Statistical return of the lunatic asylum in Assam - 1912-1932
Year: 1912
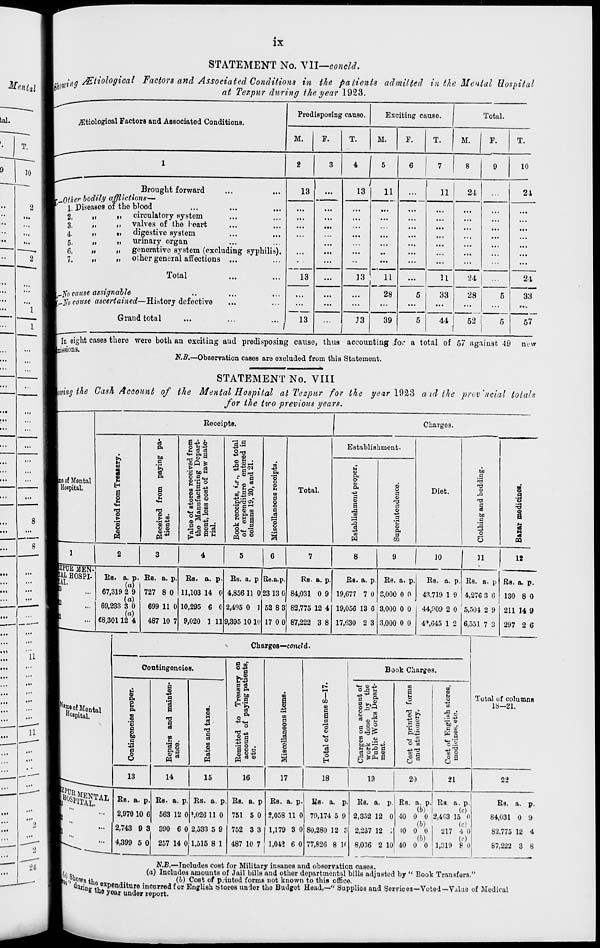
IX
STATEMENT No. Vll—concld.
Utiwinff /Etiologioal Factors and Associated Conditions in the patients admitted in the Mental Hospital
!
at Tezpur during the year .1923.
jEtiologioal Factors and Associated Conditions.
Predisposing cause.
Exciting cause.
M.
T.
M.
F.
T.
Total.
M.
T.
Brought forward
.Other bodily afflictions—
1, diseases of the blood
2.
3.
4.
5.
6.
7.
ti
»>
ti
it
*i
ii
II
II
II
circulatory system
valves of the leart
digestive system
urinary organ
generative sj r stem (excluding syphilis).
other general affections ...
Total
_]$o cause assignable
m]So cause ascertained—History defective
Grand total
13
...
...
...
...
...
13
...
...
...
...
...
/
13
,
13
11
...
...
...
...
...
..
...
13
11
28
J3
39
...
11
...
...
...
11
5
33
...
...
5
44 1
f
21
"24
28
62
10
21
24
33
57
eight cases there were both an exciting and predisposing cause, thus accounting for a total of 57 agaiuat 49 new
iiisions.
N.B.—Observation cases are excluded from this Statement.
STATEMENT No. VIII
mug the Cash Account of the Mental Hospital at Tezpitr for the year 19&3 aid the provincial totals
for the two previous years.
Receipts.
Charges.
mo of Mental
Hospital.
s
a
g
u
CD
a
P<
bo
c
'&
P.
o
1-1
t3
gg
B-P ID
gaif
|fife
81°
s-sg
fc! « u
+> pi m
00 g on
5 a «
8
a--
*£a-s
"3.5
.gtS
*^ CD
.Sid
•
PI
.go
-U.iH -
ftrQ OS
o m
§•1
03
O
C3
H
M
o
o
pq
o W
.5*
o
CD
M
to
pi
o
CD
a
o
m
Total.
Establishment.
u
m
P.
©
a.
o
O
•*a
a
9
03
T3
S
a
J4
o
a
2
■3
c]
03
-*»
P.
CD
PI
W
CO
Diet.
K
03
s
ex
a
-^>
o
6
03
I
1
8
|ZPUR MEN-
[Ui HOSPI-
FAL.
Bs.
67,319 2 9
(a)
69,233 3 0
(a)
€8,30112 4
a. p. Bs. a. p,
(a)
727 8 0
699 11 0
487 10 7
Bs. a. p.
11,103 14 0
10,295 6 0
9,020 1 11
Bs. a. p
4,85611 0
2,405 0 ]
9,395 10 10
Rs.a.p.
23 13 0
52 8 3
17 0 0
Rs. a. p.
84,031 0 9
82,775 12 4
87,222 3 8
Bs. a. p
19,677 7 0
Bs. a. p.
3,000 0 0
10
11
Bs. a. p.
43,719 1 9
Bs. a. p
4,276 3 6
12
19,056 13 6 : 3,000 0 0
17,630 2 3 3,000 0 0
44,009 2 0 5,504 2 9
4 <> ,645 1 2 6,551 7 3
Rs. a. p.
130 8 0
211 14 9
297 2 6
h eof . Mental
Hospital,
Charges—concld-
Contingencies.
|ZPUR
i o
p.
C3
a
S> bo
R
13
a
M a
T3
3 B
p. a
M
cc
CD
H
a
m
CB
-^>
ri
M
S »
H
CO P.
* to
Pi
o
o
03 ■**
S
9
d
3
o .
o o
« -S
rt o
14
15
16
a
5
o
o
c
I
03
m
s
Book Charges.
00
CO
c
a s
c
ci
o
EH
S
03
1 JS
03
.S .
B n ^2 pi
<s o a co
g tspn a
s
(-1
3
a 5
4J T3
CO
CO
«-l
o
•2 s
,± ja
'tis ®.
[S OJ
Q a
o
Total of columns
IS—21.
17
18
19
20
21
22
BggRU Es. a. p
2,970 10 6
Bs. a. p.
563 12 0
Bs. a. p
?,026 11 0
2,743 9 3 390 6 0 2,533 5 9
4,399 5 0 257 14 0 1,515 8 1
Bs. a. p
751 5 0
752 3 3
487 10 7
Bs. a. p.
2,058 11 0
1,179 3 0
1,04? 6 0
I»V a. p,
79,174 5 9
80,280 12 ?
77,826 8 II
Bs. a. p
2,352 12 0
2,237 12
8,036 2 10
Rs. a. p. Rs. a. p.
(b)
(c)
40 0 0 2,403 15 0
(b)
(c)
10 0 0
(b)
40 0 0
217 4 0
(f)
1,819 8 0
Bs. a. p.
84,031 0 9
82,775 12 4
87,222 3 8
m
V.B.—Includes cost for Military insanos and observation cases,
(a) Includoa amounts of Jail bills and other departmental bills adjusted by " Book Transfers."
(I) Cost of p.iutod forms not known to this oflice.
' dttriniT7, ex P en dituro incurred for English Stores undor tho Budget Head,—" Supplioa and Services—Voted—V.ilua of Medical
■ in e yoar undor report.